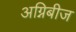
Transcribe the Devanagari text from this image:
अग्निबीज